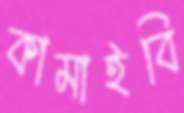
কামাইবি